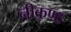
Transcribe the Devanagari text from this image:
नीकण्ठ